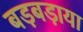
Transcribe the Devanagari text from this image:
बड़बड़ाया